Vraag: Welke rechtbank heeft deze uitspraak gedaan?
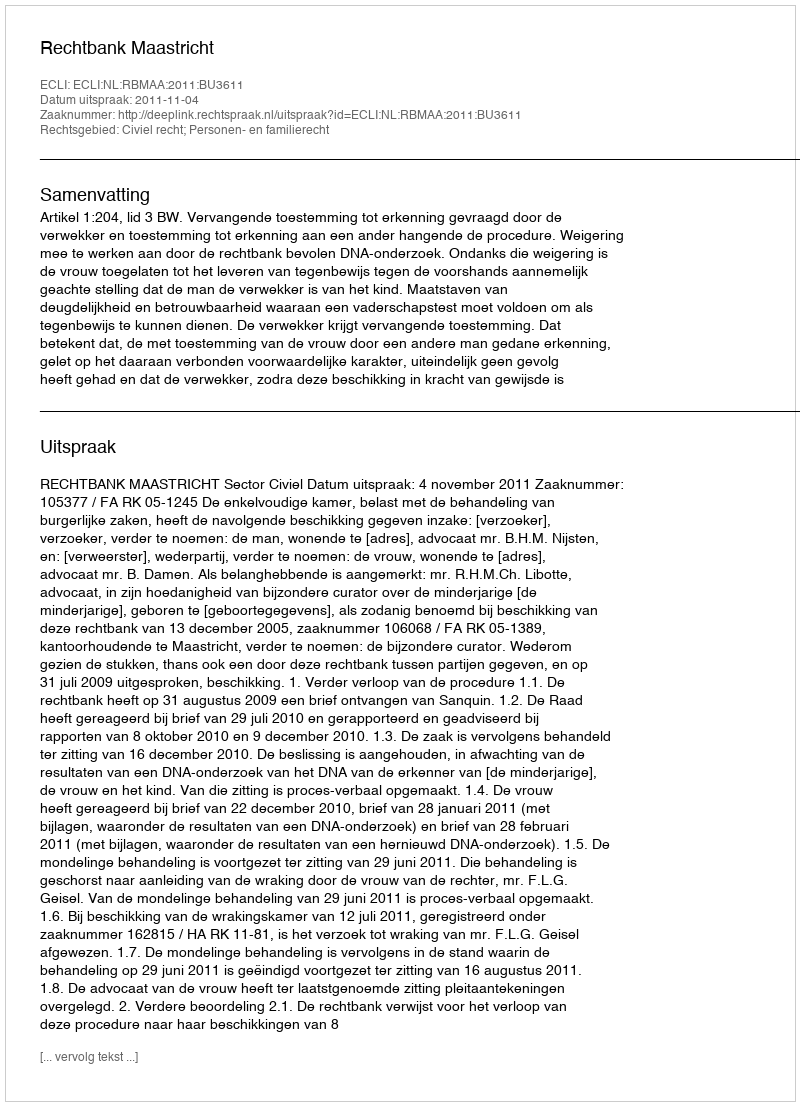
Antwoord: Rechtbank Maastricht